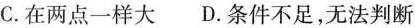
C.在两点一样大 D.条件不足，无法判断